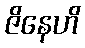
ဇိနေဟိ